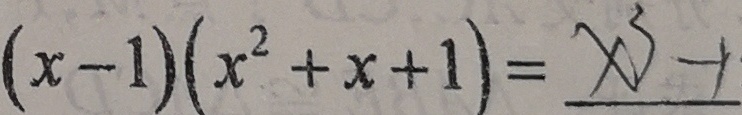
( x - 1 ) ( x ^ { 2 } + x + 1 ) = x ^ { 3 } - 1